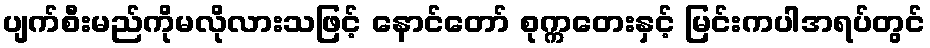
ပျက်စီးမည်ကိုမလိုလားသဖြင့် နောင်တော် စုက္ကတေးနှင့် မြင်းကပါအရပ်တွင်